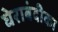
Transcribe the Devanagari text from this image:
घेराबंदीका